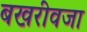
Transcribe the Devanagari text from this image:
बखरीवजा